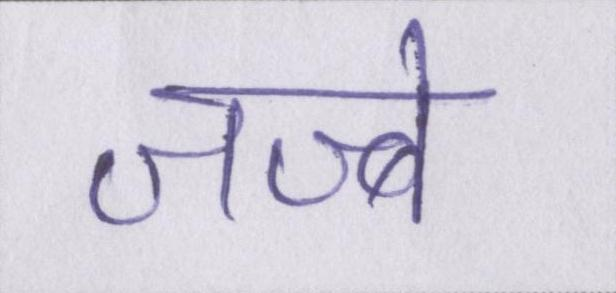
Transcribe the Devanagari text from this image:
जज्बे